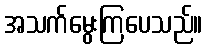
အသက်မွေးကြပေသည်။